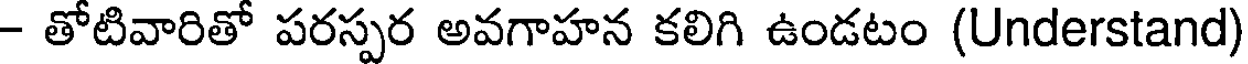
- తోటివారితో పరస్పర అవగాహన కలిగి ఉండటం (Understand)